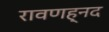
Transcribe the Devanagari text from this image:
रावणह्नद